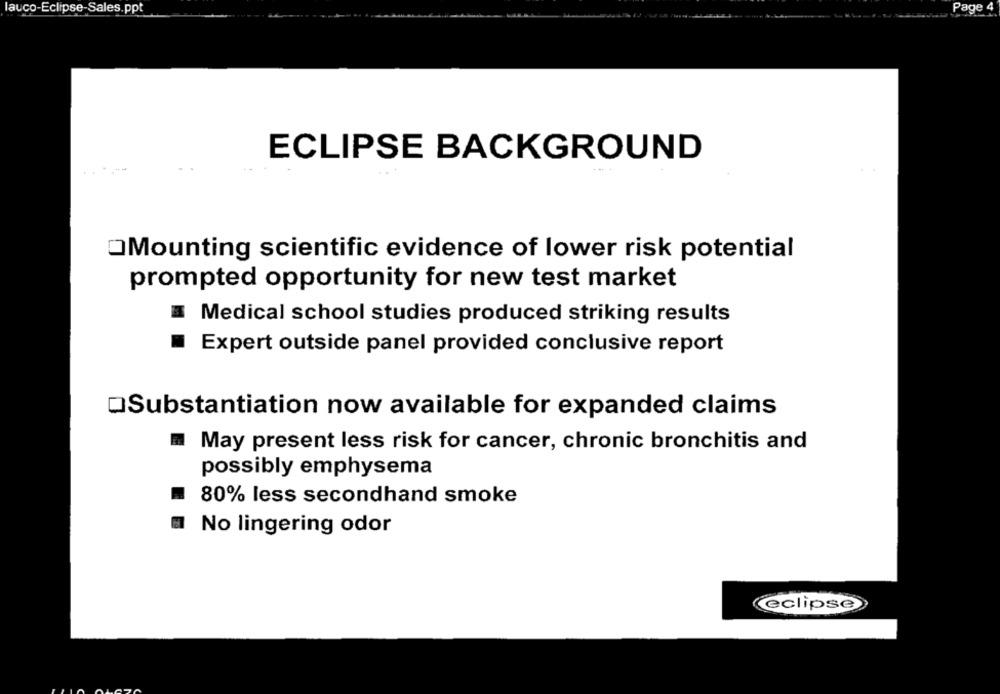
Page 4
auco-Eclipse-Sales.ppt
ECLIPSE BACKGROUND
OMounting scientific evidence of lower risk potential
prompted opportunity for new test market
Medical school studies produced striking results
Expert outside panel provided conclusive report
QSubstantiation now available for expanded claims
May present less risk for cancer, chronic bronchitis and
possibly emphysema
80% less secondhand smoke
No lingering odor
eclipse